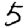
Digit: 5